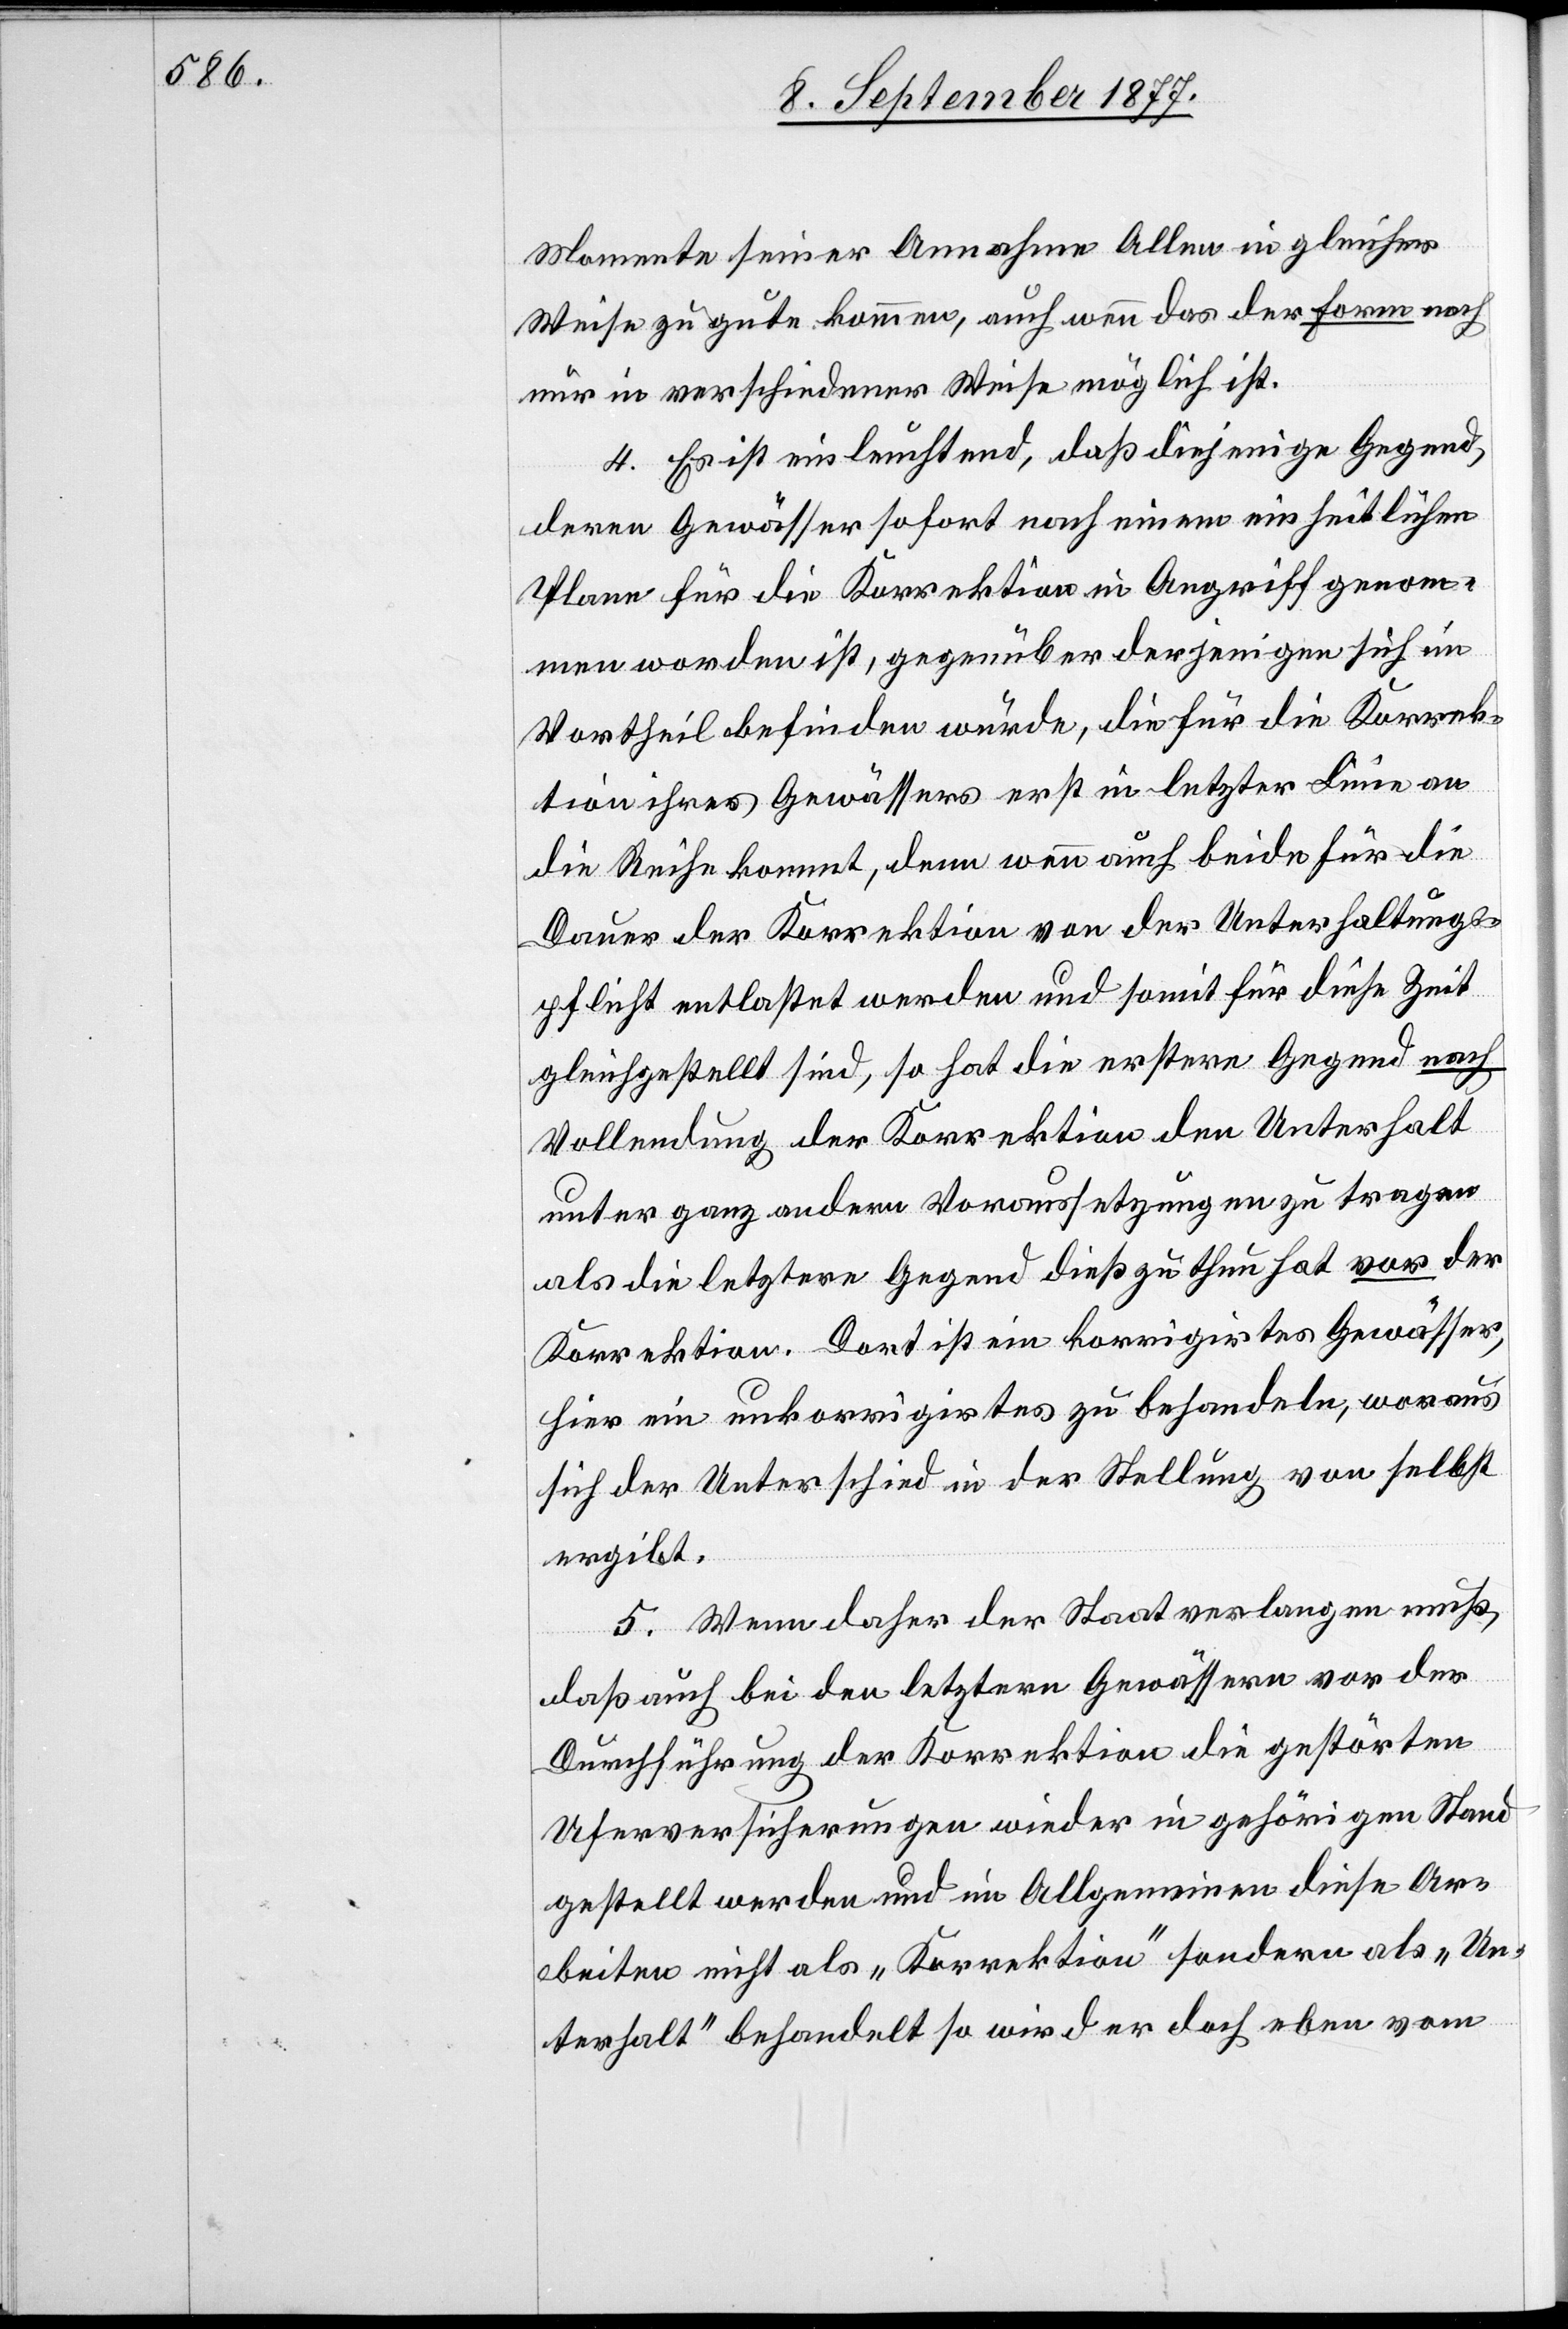
Momente seiner Annahme Allen in gleicher
Weise zu gute kommen, auch wenn das der Form nach
nur in verschiedener Weise möglich ist.
4. Es ist einleuchtend, daß diejenige Gegend,
deren Gewässer sofort nach einem einheitlichen
Plane für die Korrektion in Angriff genom¬
men worden ist, gegenüber derjenigen sich im
Vortheil befinden würde, die für die Korrek¬
tion ihres Gewässers erst in letzter Linie an
die Reihe kommt, denn wenn auch beide für die
Dauer der Korrektion von der Unterhaltungs¬
pflicht entlastet werden und somit für diese Zeit
gleichgestellt sind, so hat die erstere Gegend nach
Vollendung der Korrektion den Unterhalt
unter ganz andern Voraussetzungen zu tragen
als die letztere Gegend dieß zu thun hat vor der
Korrektion. Dort ist ein korrigirtes Gewässer,
hier ein unkorrigirtes zu behandeln, woraus
sich der Unterschied in der Stellung von selbst
ergibt.
5. Wenn daher der Staat verlangen muß,
daß auch bei den letztern Gewässern vor der
Durchführung der Korrektion die gestörten
Uferversicherungen wieder in gehörigen Stand
gestellt werden und im Allgemeinen diese Ar¬
beiten nicht als „Korrektion“ sondern als „Un¬
terhalt“ behandelt so wird er doch eben vom